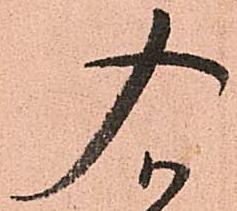
入